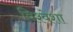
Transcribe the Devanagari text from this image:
विश्वेशा